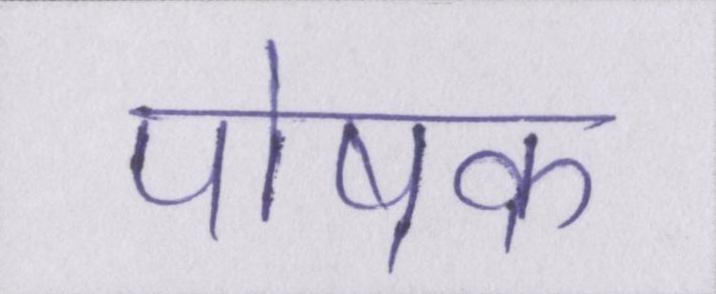
पोषक